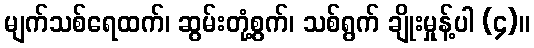
မျက်သစ်ရေထက်၊ ဆွမ်းတုံ့စွက်၊ သစ်ရွက် ချိုးမှုန့်ပါ (၄)။